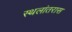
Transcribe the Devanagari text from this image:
स्थलांतरास